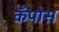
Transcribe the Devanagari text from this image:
कँपोस